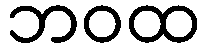
ဘဝထ